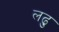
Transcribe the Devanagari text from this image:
लढु